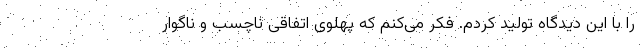
را با این دیدگاه تولید کردم. فکر می‌کنم که پهلوی اتفاقی ناچسب و ناگوار